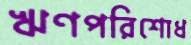
ঋণপরিশোধ